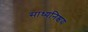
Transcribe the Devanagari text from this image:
साध्यनिश्चय